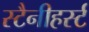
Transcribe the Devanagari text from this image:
स्टैनीहर्स्ट